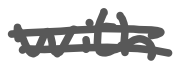
Text: with
Cross-out: double-line
Writing tool: digital_gray